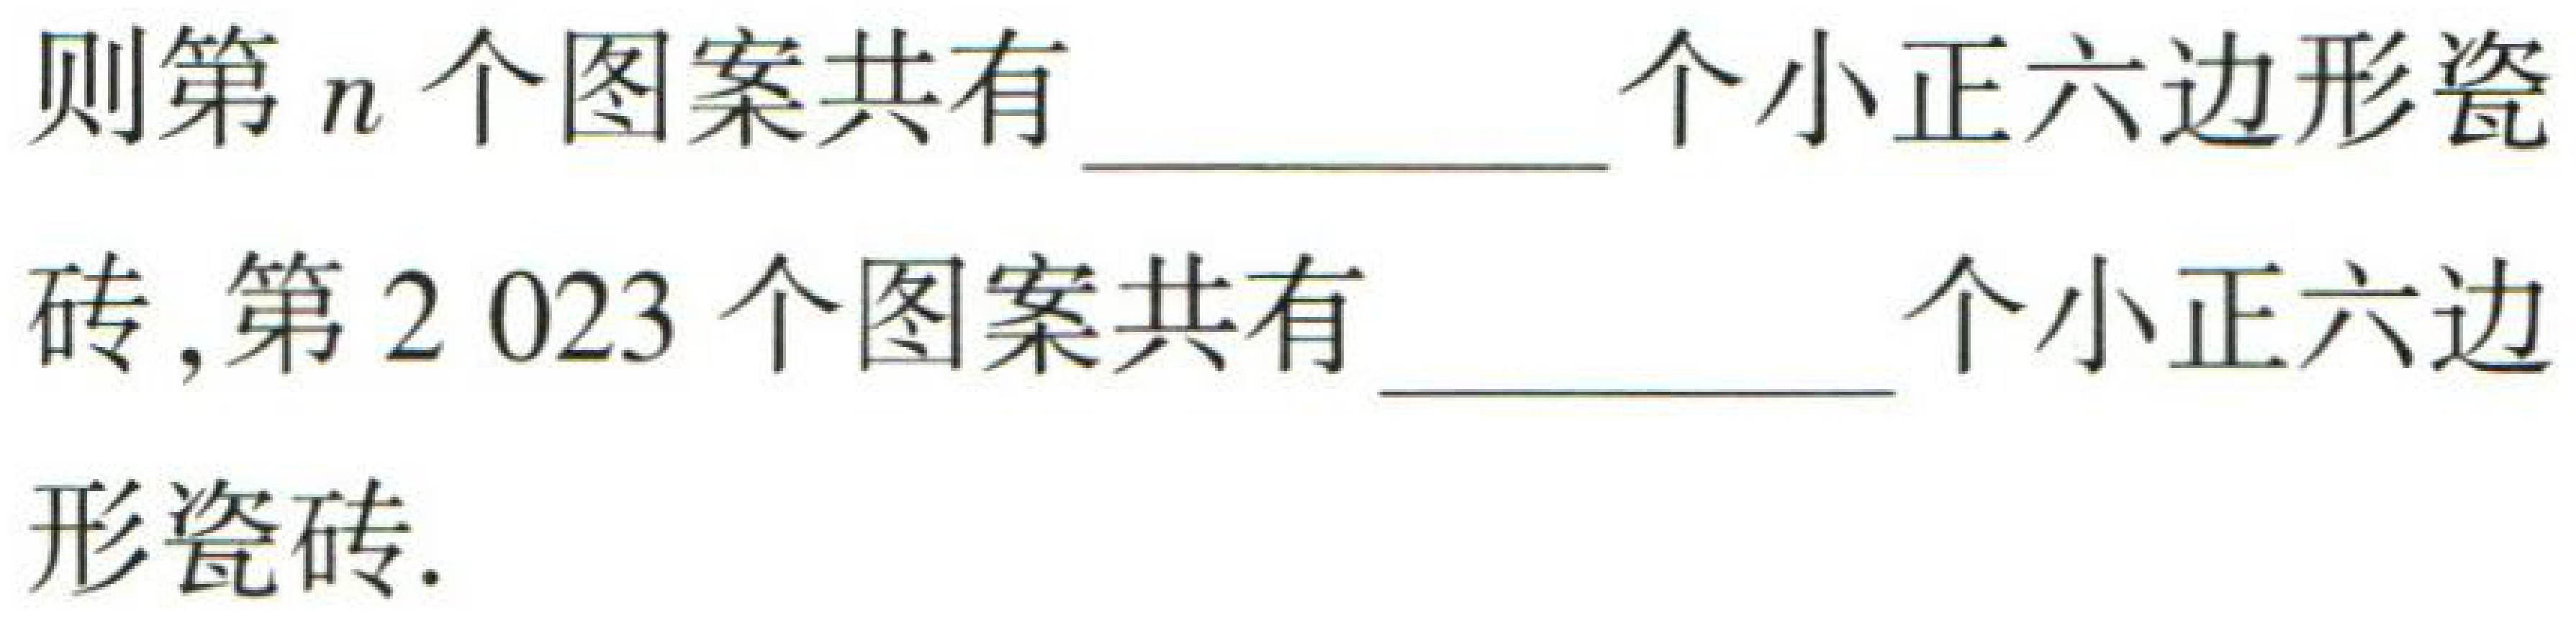
则第\(n\)个图案共有  个小正六边形瓷

砖,第\(2023\)个图案共有  个小正六边

形瓷砖.